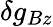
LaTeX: \delta g_{Bz}